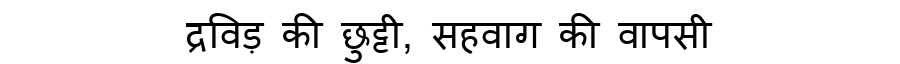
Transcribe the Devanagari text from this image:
द्रविड़ की छुट्टी, सहवाग की वापसी